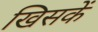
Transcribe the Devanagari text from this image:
खिसकें